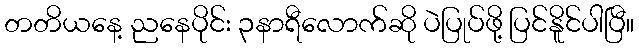
တတိယနေ့ ညနေပိုင်း ၃နာရီလောက်ဆို ပဲပြုပ်ဖို့ ပြင်နိူင်ပါပြီ။